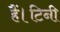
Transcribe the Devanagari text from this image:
हैं।टिनी